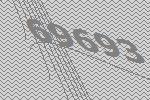
69693